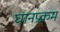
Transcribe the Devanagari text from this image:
घानप्रक्रम